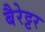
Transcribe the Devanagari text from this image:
बैरेट्टर